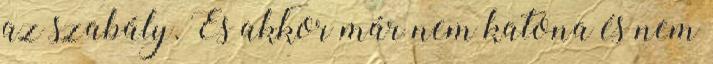
az szabály. És akkor már nem katona és nem